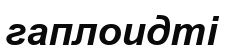
гаплоидті